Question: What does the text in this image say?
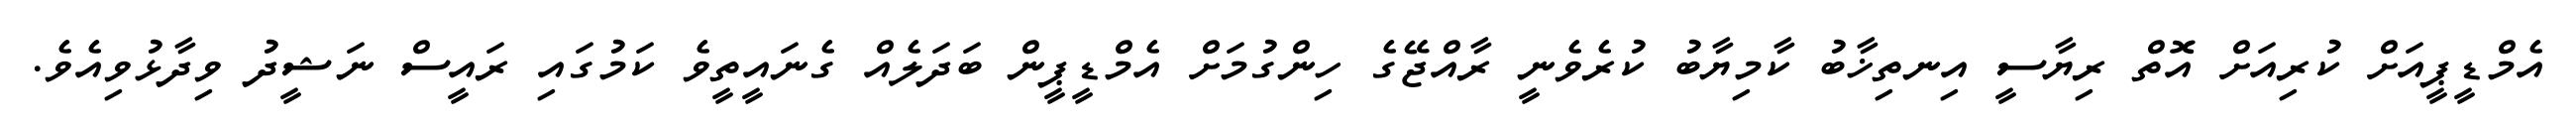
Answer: އެމްޑީޕީއަށް ކުރިއަށް އޮތް ރިޔާސީ އިނތިޚާބު ކާމިޔާބު ކުރެވެނީ ރާއްޖޭގެ ހިންގުމަށް އެމްޑީޕީން ބަދަލެއް ގެނައީތީވެ ކަމުގައި ރައީސް ނަޝީދު ވިދާޅުވިއެވެ.